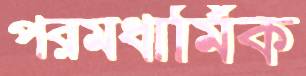
পরমধার্মিক